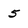
Character: 5